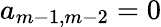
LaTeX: a_{m-1,m-2}=0